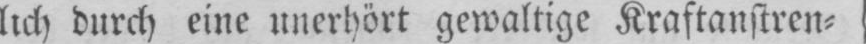
lich durch eine unerhört gewaltige Kraftanstren⸗